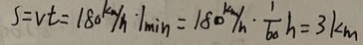
s = v t = 1 8 0 k m / h \cdot / \min = 1 8 0 k m / h \cdot \frac { 1 } { 6 0 } h = 3 k m